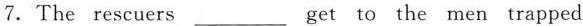
7.The rescuers ___get to the men trapped